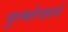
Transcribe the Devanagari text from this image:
पुल्मोनाले